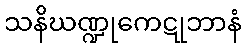
သနိဃဏ္ဍုကေဋုဘာနံ